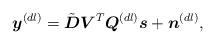
LaTeX: \begin{align*}\boldsymbol{y}^{(dl)}=\tilde{\boldsymbol{D}}\boldsymbol{V}^T\boldsymbol{Q}^{(dl)}\boldsymbol{s}+\boldsymbol{n}^{(dl)}, \end{align*}